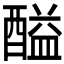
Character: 𨢘